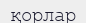
қорлар